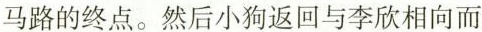
马路的终点。然后小狗返回与李欣相向而